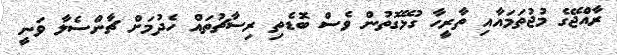
ރާއްޖޭގެ މުޖުތަމައާއި ތާރީހާ ގުޅޭގޮތުން ވެސް ބޮޑެތި ރިސާޗުތައް ހެދުމަށް ޗާންސެލާ ވަނީ